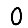
Digit: 0